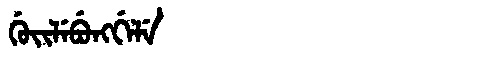
Manchu: ᡤᡠᡳᠯᡝᠪᡠᠩᡤᡝᠯᡝ
Romanization: GUILEBUNGGELE